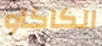
الكاكاو